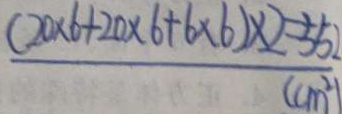
\frac { ( 2 0 \times 6 + 2 0 \times 6 + 6 \times 6 ) \times 2 = 5 5 2 } { ( c m ^ { 2 } ) }